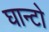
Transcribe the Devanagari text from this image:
घान्टो